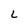
Character: L